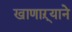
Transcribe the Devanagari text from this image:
खाणाऱ्याने